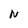
Character: N